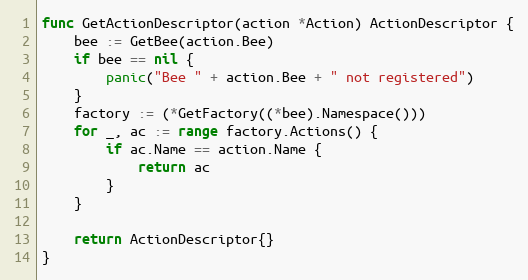
Language: Go
func GetActionDescriptor(action *Action) ActionDescriptor {
	bee := GetBee(action.Bee)
	if bee == nil {
		panic("Bee " + action.Bee + " not registered")
	}
	factory := (*GetFactory((*bee).Namespace()))
	for _, ac := range factory.Actions() {
		if ac.Name == action.Name {
			return ac
		}
	}

	return ActionDescriptor{}
}